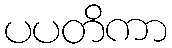
ပပတိကာ